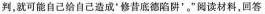
判，就可能自己给自己造成'修昔底德陷阱'”阅读材料，回答